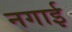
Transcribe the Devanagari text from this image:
नगाई